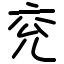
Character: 兖